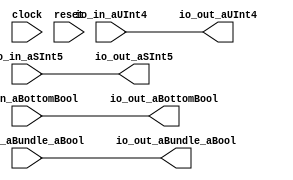
module PeekPokeBundleSpecMyCircuit(
    input clock,
    input reset,
    input [3:0] io_in_aUInt4,
    input [4:0] io_in_aSInt5,
    input io_in_aBundle_aBool,
    input io_in_aBottomBool,
    output [3:0] io_out_aUInt4,
    output [4:0] io_out_aSInt5,
    output io_out_aBundle_aBool,
    output io_out_aBottomBool
);
    assign io_out_aBottomBool = io_in_aBottomBool;
    assign io_out_aBundle_aBool = io_in_aBundle_aBool;
    assign io_out_aSInt5 = io_in_aSInt5;
    assign io_out_aUInt4 = io_in_aUInt4;
endmodule //PeekPokeBundleSpecMyCircuit